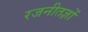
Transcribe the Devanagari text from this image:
रजनीतज्ञों